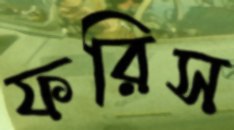
ফরিস